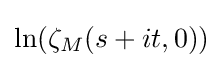
\ln(\zeta _{M}(s+it,0))